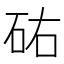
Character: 𥑛